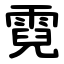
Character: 霓